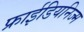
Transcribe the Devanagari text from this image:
फ्राईडियनिज्म